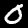
Label: 0